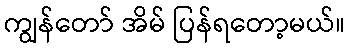
ကျွန်တော် အိမ် ပြန်ရတော့မယ်။